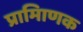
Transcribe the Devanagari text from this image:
प्रामािणक